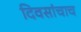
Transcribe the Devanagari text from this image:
दिवसांचाच